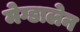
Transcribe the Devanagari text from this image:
मेग्डालेन